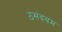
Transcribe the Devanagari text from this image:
ठंसंदबम